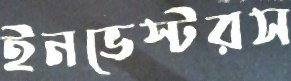
ইনভেস্টরস